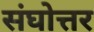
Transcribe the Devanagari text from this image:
संघोत्तर